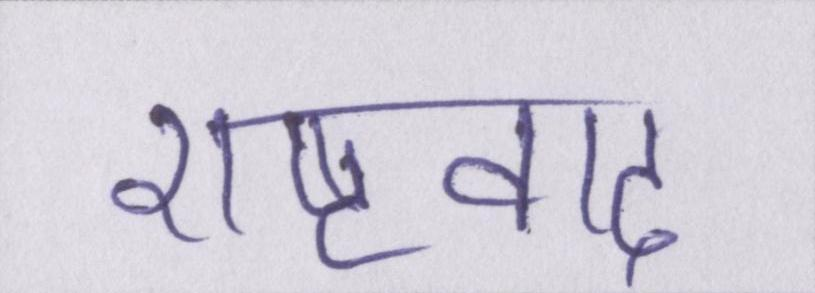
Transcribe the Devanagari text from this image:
राष्ट्रवाद